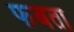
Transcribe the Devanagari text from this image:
फबता